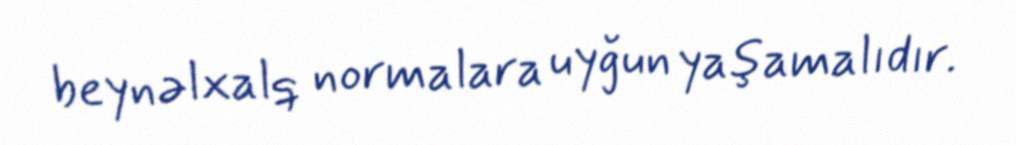
beynəlxalq normalara uyğun yaşamalıdır.